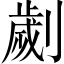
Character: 劌